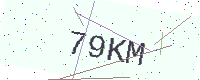
Text: 79KM